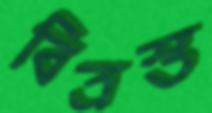
বিত্রস্ত